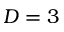
D = 3